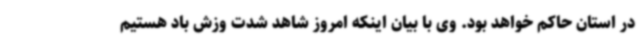
در استان حاکم خواهد بود. وی با بیان اینکه امروز شاهد شدت وزش باد هستیم